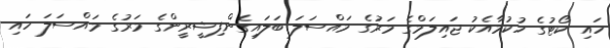
ހައި ކޯޓުގެ ހުކުމާއެކު ޖައިލަމްގެ މަރުގެ މައްސަލަ ބަލައިގެންފިޝީރީންގެ މަރުގެ މައްސަލަ ހައި